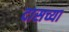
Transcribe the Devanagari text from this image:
दासच्या